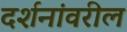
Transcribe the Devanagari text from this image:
दर्शनांवरील